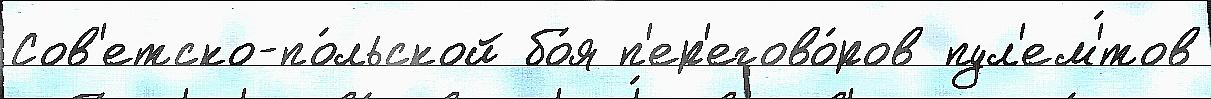
Сов'етско-по́льской бо́я п'ер'егово́ров пул'ем'́тов